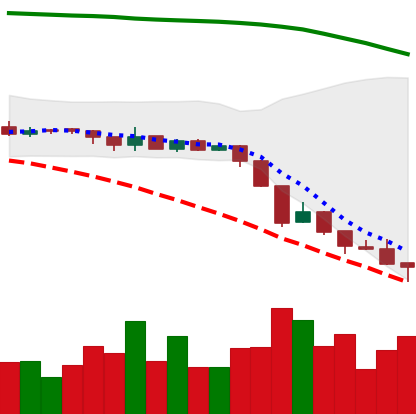
Ticker: XRP-USD
Chart end date: 2018-08-14
Forward return: 25.415%
Label: up_7plus